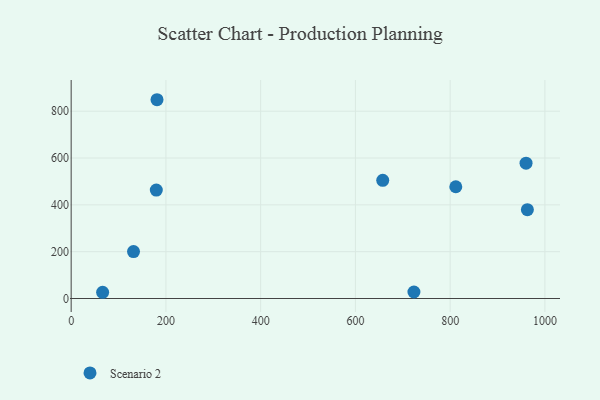
{"axis": {"x": "Speed", "y": "Fuel Efficiency"}, "legend": ["Scenario 2"], "data": [{"x": "811.9", "y": 477.4, "type": "Scenario 2"}, {"x": "960.2", "y": 578.2, "type": "Scenario 2"}, {"x": "66.4", "y": 26.6, "type": "Scenario 2"}, {"x": "657.7", "y": 504.7, "type": "Scenario 2"}, {"x": "963.0", "y": 379.4, "type": "Scenario 2"}, {"x": "179.7", "y": 463.0, "type": "Scenario 2"}, {"x": "131.6", "y": 200.5, "type": "Scenario 2"}, {"x": "181.2", "y": 849.0, "type": "Scenario 2"}, {"x": "723.5", "y": 27.7, "type": "Scenario 2"}]}